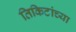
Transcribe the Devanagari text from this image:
तिकिटांच्या